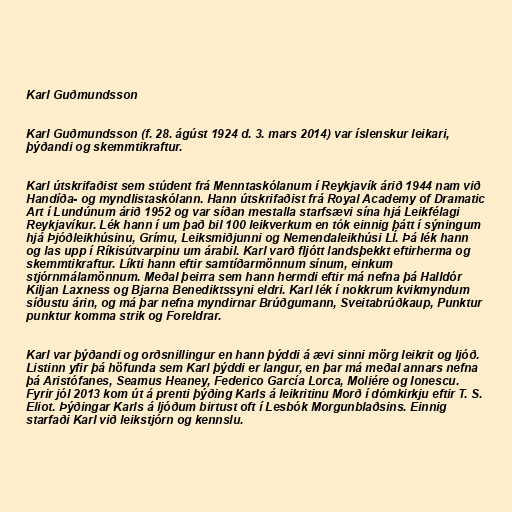
Karl Guðmundsson

Karl Guðmundsson (f. 28. ágúst 1924 d. 3. mars 2014) var íslenskur leikari,
þýðandi og skemmtikraftur.

Karl útskrifaðist sem stúdent frá Menntaskólanum í Reykjavík árið 1944 nam við
Handíða- og myndlistaskólann. Hann útskrifaðist frá Royal Academy of Dramatic
Art í Lundúnum árið 1952 og var síðan mestalla starfsævi sína hjá Leikfélagi
Reykjavíkur. Lék hann í um það bil 100 leikverkum en tók einnig þátt í sýningum
hjá Þjóðleikhúsinu, Grímu, Leiksmiðjunni og Nemendaleikhúsi LÍ. Þá lék hann
og las upp í Ríkisútvarpinu um árabil. Karl varð fljótt landsþekkt eftirherma og
skemmtikraftur. Líkti hann eftir samtíðarmönnum sínum, einkum
stjórnmálamönnum. Meðal þeirra sem hann hermdi eftir má nefna þá Halldór
Kiljan Laxness og Bjarna Benediktssyni eldri. Karl lék í nokkrum kvikmyndum
síðustu árin, og má þar nefna myndirnar Brúðgumann, Sveitabrúðkaup, Punktur
punktur komma strik og Foreldrar.

Karl var þýðandi og orðsnillingur en hann þýddi á ævi sinni mörg leikrit og ljóð.
Listinn yfir þá höfunda sem Karl þýddi er langur, en þar má meðal annars nefna
þá Aristófanes, Seamus Heaney, Federico García Lorca, Moliére og Ionescu.
Fyrir jól 2013 kom út á prenti þýðing Karls á leikritinu Morð í dómkirkju eftir T. S.
Eliot. Þýðingar Karls á ljóðum birtust oft í Lesbók Morgunblaðsins. Einnig
starfaði Karl við leikstjórn og kennslu.